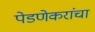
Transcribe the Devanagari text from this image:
पेडणेकरांचा